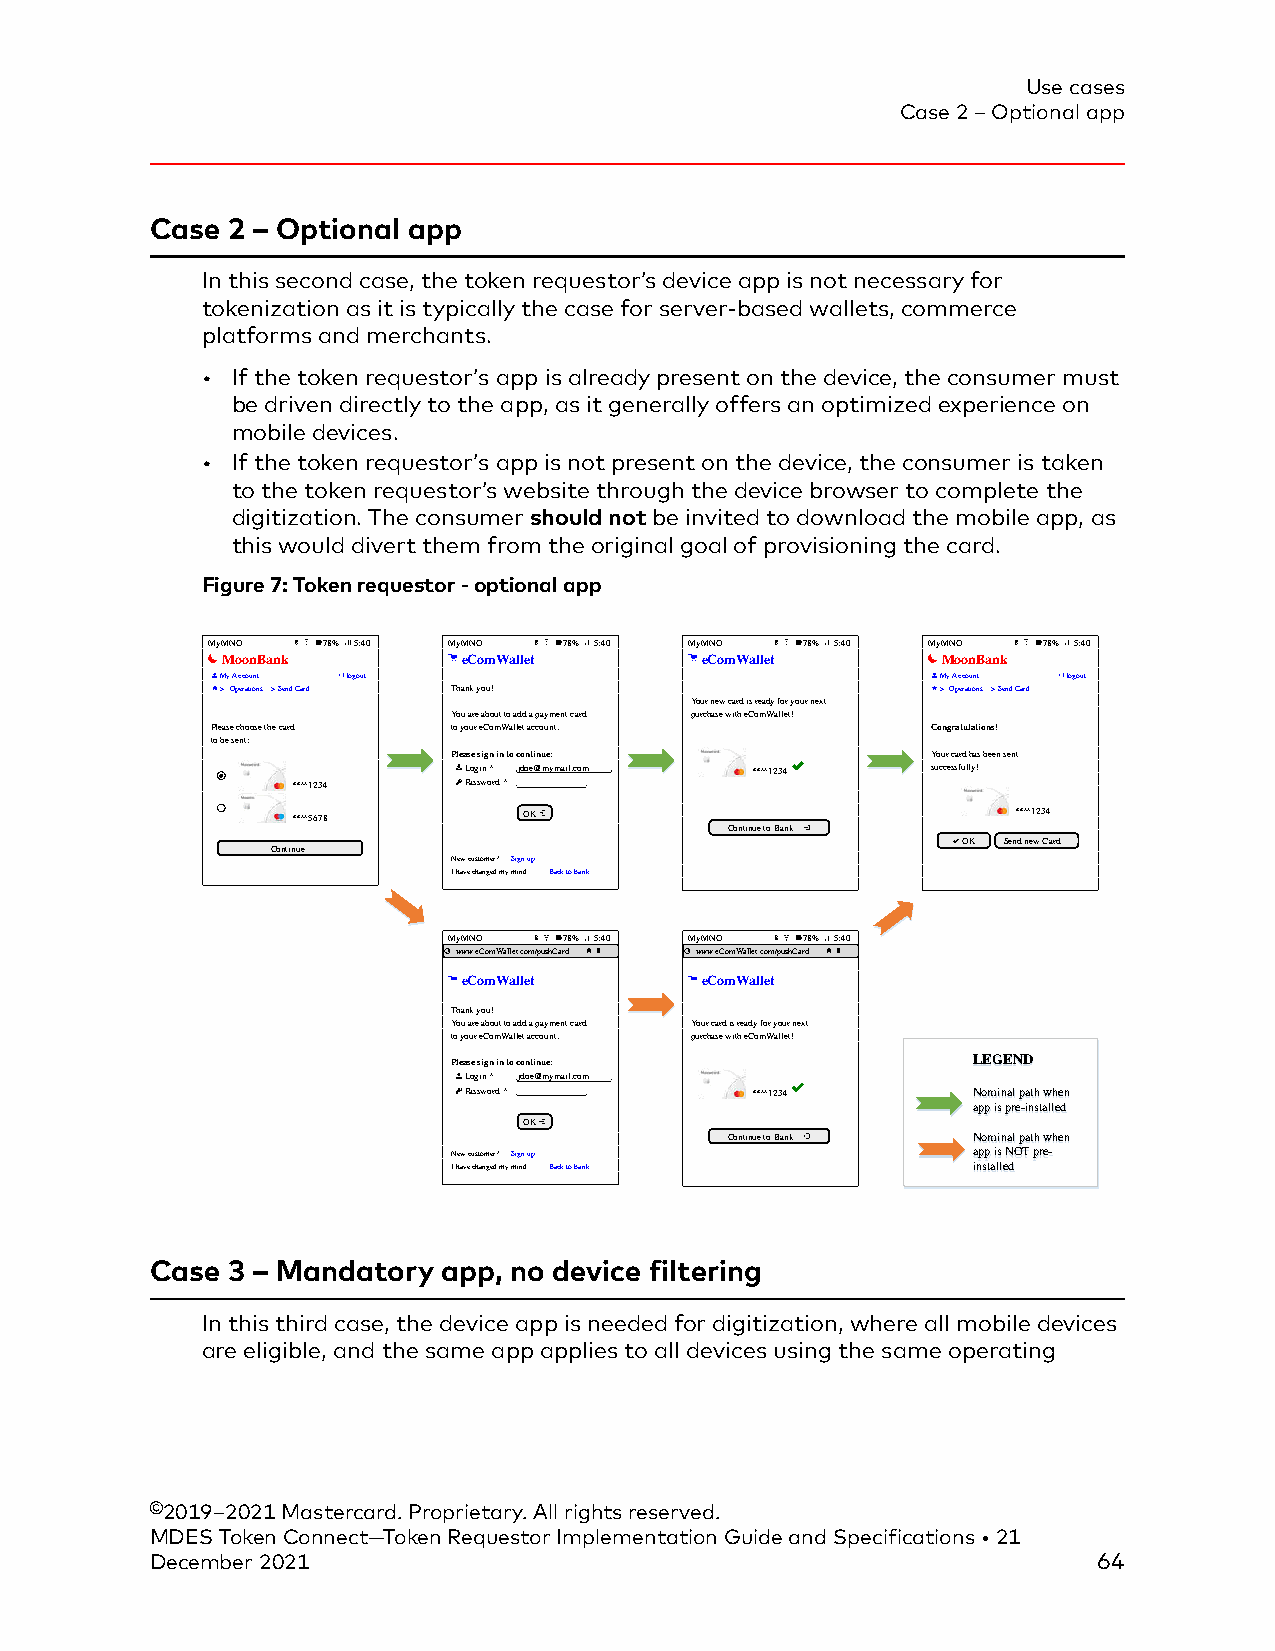
Use cases
 Case 2 – Optional app
 Case 2 – Optional app
 In this second case, the token requestor’s device app is not necessary for
 tokenization as it is typically the case for server-based wallets, commerce
 platforms and merchants.
 • If the token requestor’s app is already present on the device, the consumer must
 be driven directly to the app, as it generally offers an optimized experience on
 mobile devices.
 • If the token requestor’s app is not present on the device, the consumer is taken
 to the token requestor’s website through the device browser to complete the
 digitization. The consumer should not be invited to download the mobile app, as
 this would divert them from the original goal of provisioning the card.
 Figure 7: Token requestor - optional app
 .MyMNO  78% 5:40. .MyMNO 78% 5:40. .MyMNO 78% 5:40. .MyMNO 78% 5:40.
 MoonBank        eComWallet     eComWallet      MoonBank
 # My Account logout #           #               # My Account logout
 # >Operations >Send Card #Thank you! #          # >Operations >Send Card
 #               #               #Your new card is ready for your next #
 #               #You are about to add a payment card #purchase with eComWallet! #
 #Please choose the card #to your eComWallet account. # #Congratulations!
 #to be sent:    #               #               #
 #               #Please sign in to continue:    #Your card has been sent
 Login * jdoe@mymail.com ## ****1234 #successfully!
 #   ****1234    Password *    #               #
 #               #
 #   ****5678        OK        #               ##### ****1234
 #               #                  Continue to Bank #
 Continue   #               #                  OK Send new Card
 #New customer? Sign up #        #
 #               #I have changed my mind. Back to bank # #
 #               #               #               #
 .MyMNO  78% 5:40. .MyMNO 78% 5:40.
 www.eComWallet.com/pushCard www.eComWallet.com/pushCard
 #               #
 eComWallet     eComWallet
 #               #
 #Thank you!     #
 #You are about to add a payment card #Your card is ready for your next
 #to your eComWallet account. #purchase with eComWallet!
 #               #
 #Please sign in to continue: #     LLEEGGEENNDD
 Login * jdoe@mymail.com
 Password *    ##   ****1234      NNoommiinnaall ppaatthh wwhheenn
 #               #                  aapppp iiss pprree--iinnssttaalllleedd
 OK        #
 #                  Continue to Bank NNoommiinnaall ppaatthh wwhheenn
 #New customer? Sign up #           aapppp iiss NNOOTT pprree--
 #I have changed my mind. Back to bank # iinnssttaalllleedd
 #               #
 Case 3 – Mandatory app, no device filtering
 In this third case, the device app is needed for digitization, where all mobile devices
 are eligible, and the same app applies to all devices using the same operating
 ©2019–2021 Mastercard. Proprietary. All rights reserved.
 MDES Token Connect—Token Requestor Implementation Guide and Specifications • 21
 December 2021                                                  64